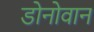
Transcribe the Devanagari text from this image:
डोनोवान